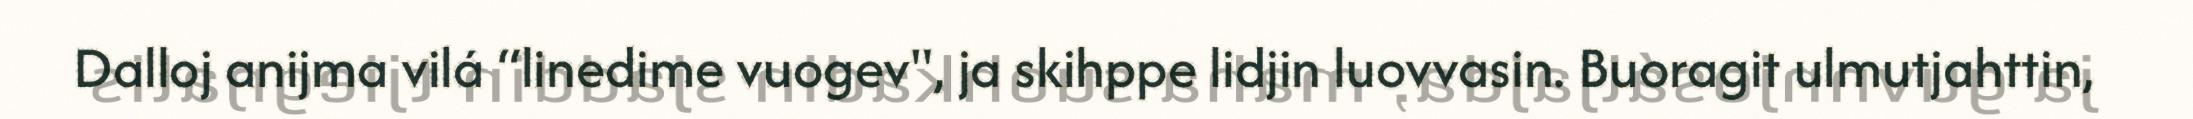
Dalloj anijma vilá “linedime vuogev", ja skihppe lidjin luovvasin. Buoragit ulmutjahttin,